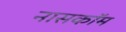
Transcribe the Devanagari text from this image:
नासकॉम